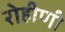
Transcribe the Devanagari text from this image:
रोहीणी